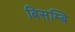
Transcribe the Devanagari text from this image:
बिसम्बि